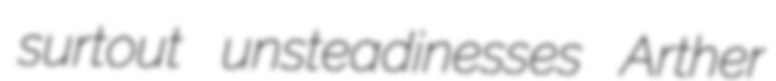
surtout unsteadinesses Arther